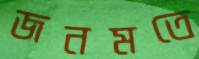
জনমতে